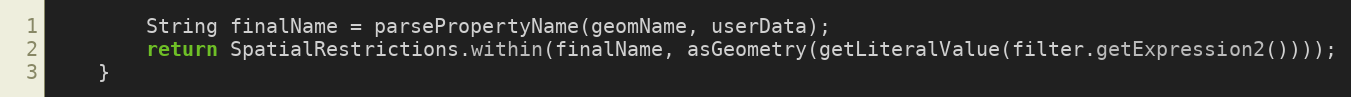
Language: Java
		String finalName = parsePropertyName(geomName, userData);
		return SpatialRestrictions.within(finalName, asGeometry(getLiteralValue(filter.getExpression2())));
	}